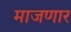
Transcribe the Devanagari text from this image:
माजणार